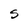
Character: S